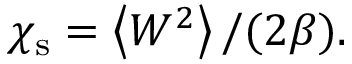
\chi _ { \mathrm { s } } = \left< W ^ { 2 } \right> / ( 2 \beta ) .